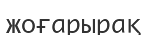
жоғарырақ